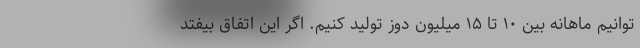
توانیم ماهانه بین ۱۰ تا ۱۵ میلیون دوز تولید کنیم. اگر این اتفاق بیفتد